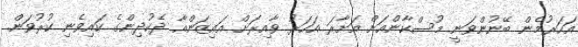
އަހަރުމެން ބޭނުންވަނީ މުސްކާންއަށް އަށާރަ އަހަރު ވާއިރަށް އައިޒަންއާ ދެކުދިންގެ ކައިވެނި ކުރުވަން.